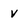
Character: V